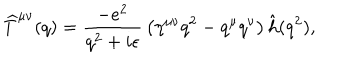
\widehat T ^ { \mu \nu } ( q ) = { \frac { - e ^ { 2 } } { q ^ { 2 } + i \epsilon } } \left( \eta ^ { \mu \nu } q ^ { 2 } - q ^ { \mu } q ^ { \nu } \right) \hat { h } ( q ^ { 2 } ) ,